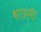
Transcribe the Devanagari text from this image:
थाउसेंड